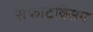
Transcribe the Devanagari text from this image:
सेफोटॅक्सिम